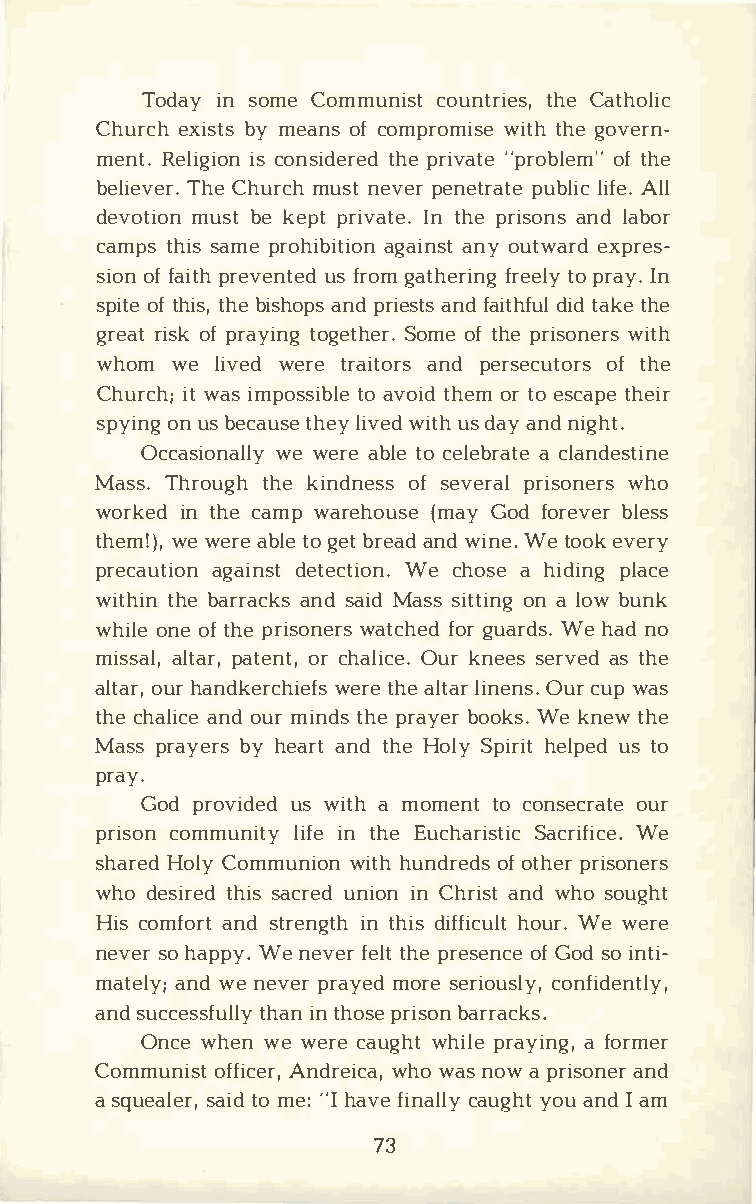
Todaiyns omCeo mmunciosutn ttrhieCe ast,h olic
 Churecxhi sbtyms e anosfc omprowmiitstheh g eo vern­
 menRte.l igiisco onn sidtehprere idv ate "opftr hoeb lem"
 belieTvheeCr h.u rmcuhs nte vpeern etpruabtlleii cfA el.l
 devotmiuosnbt e k epptr ivIantt eh.pe r isaonndls a bor
 camptsh issa mper ohibaigtaiiaonnnsyo t u twaerxdp res­
 sioonff aiptrhe veunstf erdog ma thefrrientegolp yr aIyn.
 spiotfte h itshb,ei shaonppdsr ieasntfdsa itdhifdu ltt haek e
 greraitso kfp raytiongge tShoemroe.f t hper isownietrhs
 whomw  el ivweedr ter aiatnodrp se rsecouftt ohres
 Churicwtha ;si mpostsoia bvloteih de omrt oe scatphee ir
 spyionnug sb ecatuhseleyi vweidtu hsd aayn ndi ght.
 Occasiownewa elrlaeyb lteoc elebarc altaen destine
 MassT.h routghhek indnoefss se veprrails ownheor s
 workiendt hcea mwpa reho(umsaeGy o df orebvleers s
 themw!ew) e,r aeb lteog ebtr eaandwd i nWee.t ooekv ery
 precauatgiaoindn estte ctWieo cnh.o sae h idipnlga ce
 withtihnbe a rraacnkdss a iMda sssi ttoinan l go bwu nk
 whiolneoe f t hper isownaetrcshf eogdru arWdesh .a ndo
 missaallt,pa art,e onrct h,a lOiucrke n.e esse rvaestd h e
 altoaurhr,a ndkerwcehriteeh afels t lairn eOnusrc. u wpa s
 thceh alaincodeu mri ndtshp er aybeoro kWse.k netwh e
 Maspsr aybeyrh se aarntdt hHeo lSyp ihreiltp uestd o
 pray.
 Godp roviudsew di tah m omenttoc onsecoruart e
 priscoonm munliitifyne t heE ucharSiasctriicWf ei ce.
 sharHeodlC yo mmunwiiotnhh u ndroefod tsh perri soners
 whod esitrheisdsa cruendi oinnC hriasntdw hos ought
 Hicso mfaonrdst t renigntt hhid si fficultw ehroeu r. We
 nevseorh appWye.n evfeertl htpe r eseonfGc oeds oi nti­
 matealnywd;e n evperra ymeodr see riocuosnlfyi,d ently,
 ansdu ccestshfaiunnlt lhyop srei sboanr racks.
 Oncweh ewne w ercea ugwhhti plrea yianf go,r mer
 CommunoifsftiA cnedrr,e wihcowa a,ns o wap risaonnde r
 as queaslaeitrdom, e ":I h avfei naclaluygy hotau nIda m
 73